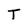
Character: T